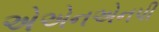
એએનએનપી